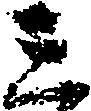
三